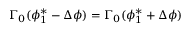
\Gamma _ { 0 } ( \phi _ { 1 } ^ { * } - \Delta \phi ) = \Gamma _ { 0 } ( \phi _ { 1 } ^ { * } + \Delta \phi )